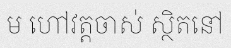
ម ហៅវត្តចាស់ ស្ថិតនៅ